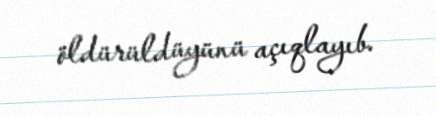
öldürüldüyünü açıqlayıb.